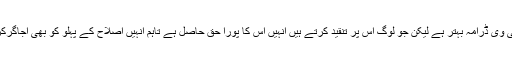
انہوں نے ایک سوال کے جواب میں کہا کہ پاکستان کا ٹی وی ڈرامہ بہتر ہے لیکن جو لوگ اس پر تنقید کرتے ہیں انہیں اس کا پورا حق حاصل ہے تاہم انہیں اصلاح کے پہلو کو بھی اجاگرکرنا چاہیے تاکہ ڈرامہ لکھنے والے اس طرف توجہ دیں ۔